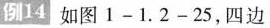
例14如图1-1.2-25，四边